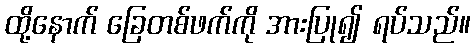
ထို့နောက် ခြေတစ်ဖက်ကို အားပြု၍ ရပ်သည်။